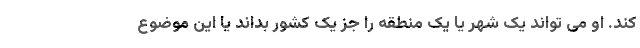
کند. او می تواند یک شهر یا یک منطقه را جز یک کشور بداند یا این موضوع